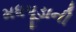
મધપૂડાની